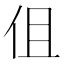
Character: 伹